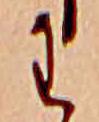
わ